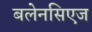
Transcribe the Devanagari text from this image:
बलेनसिएज